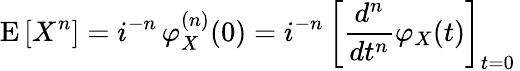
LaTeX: \operatorname{E}\left[X^{n}\right]=i^{-n}\, \varphi_{X}^{(n)}(0)=i^{-n}\, \left[{\frac{d^{n}}{dt^{n}}}\varphi_{X}(t)\right]_{t=0}\,